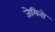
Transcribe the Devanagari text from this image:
जेमिनो